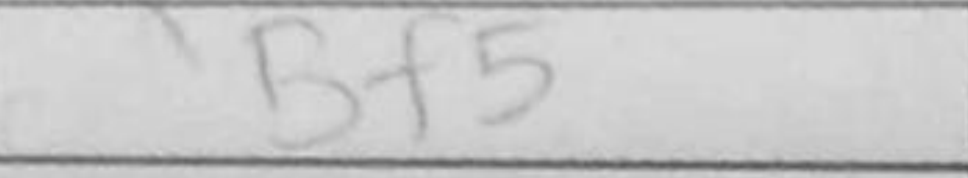
Transcription: Bf5